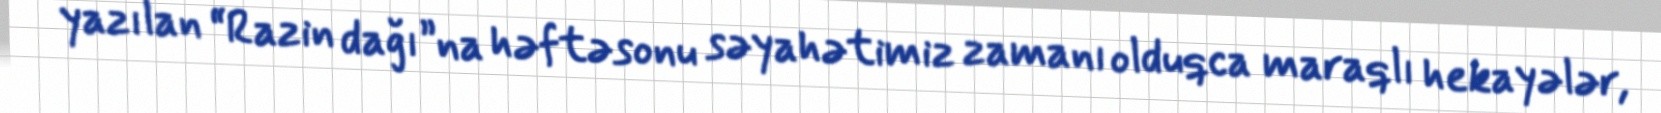
yazılan “Razin dağı”na həftəsonu səyahətimiz zamanı olduqca maraqlı hekayələr,